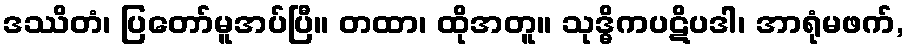
ဒဿိတံ၊ ပြတော်မူအပ်ပြီ။ တထာ၊ ထိုအတူ။ သုဒ္ဓိကပဋိပဒါ၊ အာရုံမဖက်,